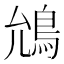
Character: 𮬯